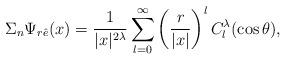
LaTeX: \begin{align*}\Sigma_n\Psi_{r\hat e}(x)=\frac{1}{|x|^{2\lambda}}\sum_{l=0}^\infty\left(\frac{r}{|x|}\right)^lC_l^\lambda(\cos\theta),\end{align*}